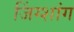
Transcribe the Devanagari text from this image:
जिंग्शांग